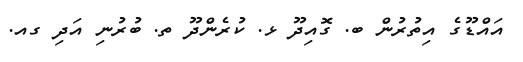
އައްޑޫގެ އިތުރުން ބ. ގޮއިދޫ ޅ. ކުރެންދޫ ތ. ބުރުނި އަދި ގއ.